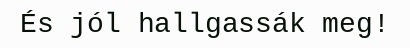
És jól hallgassák meg!